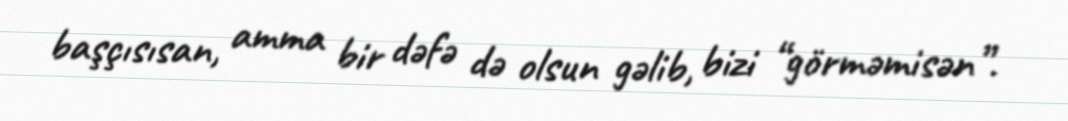
başçısısan, amma bir dəfə də olsun gəlib, bizi “görməmisən”.